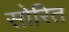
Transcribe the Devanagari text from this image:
सोरित